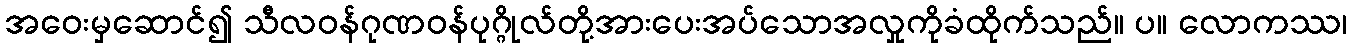
အဝေးမှဆောင်၍ သီလဝန်ဂုဏဝန်ပုဂ္ဂိုလ်တို့အားပေးအပ်သောအလှုကိုခံထိုက်သည်။ ပ။ လောကဿ၊